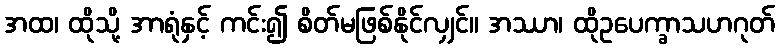
အထ၊ ထိုသို့ အာရုံနှင့် ကင်း၍ စိတ်မဖြစ်နိုင်လျှင်။ အဿာ၊ ထိုဥပေက္ခာသဟဂုတ်